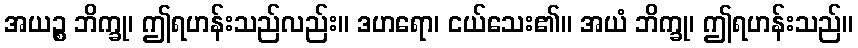
အယဉ္စ ဘိက္ခု၊ ဤရဟန်းသည်လည်း။ ဒဟရော၊ ငယ်သေး၏။ အယံ ဘိက္ခု၊ ဤရဟန်းသည်။